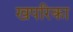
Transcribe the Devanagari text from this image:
खपरिका